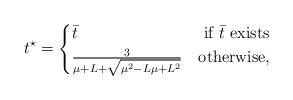
LaTeX: \begin{align*} t^\star= \begin{cases} \bar t & \mbox{\ if\ } \bar t \mbox{\ exists}\\ \tfrac{3}{\mu+L+\sqrt{\mu^2-L\mu+L^2}} & \mbox{otherwise}, \end{cases} \end{align*}